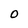
Character: 0